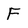
Character: F